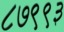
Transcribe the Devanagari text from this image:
८७९९३